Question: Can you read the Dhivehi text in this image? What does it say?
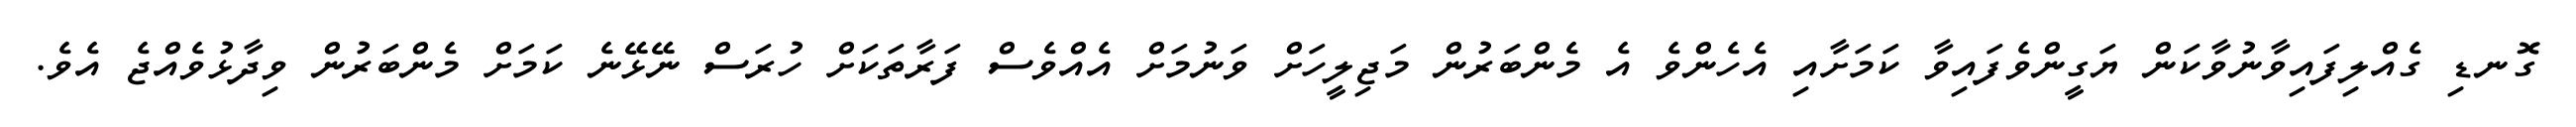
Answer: ގޮނޑި ގެއްލިފައިވާނުވާކަން ޔަގީންވެފައިވާ ކަމަށާއި އެހެންވެ އެ މެންބަރުން މަޖިލީހަށް ވަނުމަށް އެއްވެސް ފަރާތަކަށް ހުރަސް ނޭޅޭނެ ކަމަށް މެންބަރުން ވިދާޅުވެއްޖެ އެވެ.